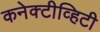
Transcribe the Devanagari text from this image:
कनेक्टीव्हिटी